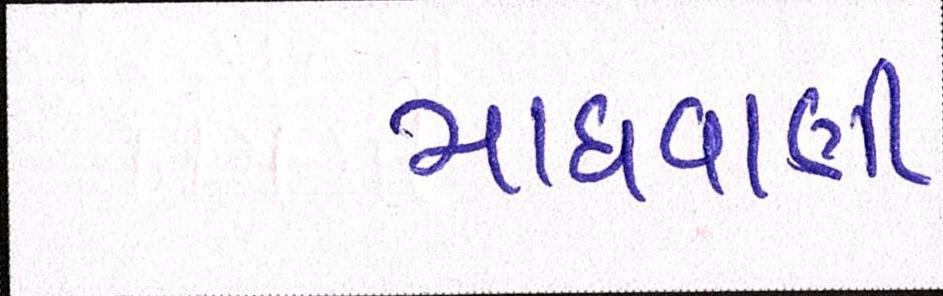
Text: માધવાણી